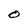
Character: O